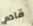
قادم